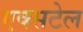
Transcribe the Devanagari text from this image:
एक्सटेल